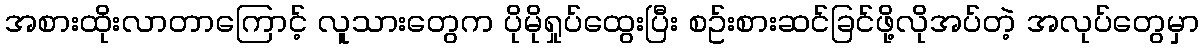
အစားထိုးလာတာကြောင့် လူသားတွေက ပိုမိုရှုပ်ထွေးပြီး စဥ်းစားဆင်ခြင်ဖို့လိုအပ်တဲ့ အလုပ်တွေမှာ